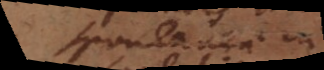
spontaneae in